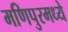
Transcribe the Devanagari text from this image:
मणिपुरमध्ये